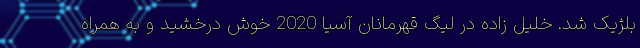
بلژیک شد. خلیل زاده در لیگ قهرمانان آسیا 2020 خوش درخشید و به همراه